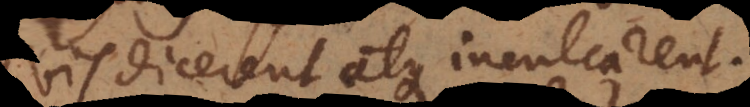
bis dicerent atque inculcarent.